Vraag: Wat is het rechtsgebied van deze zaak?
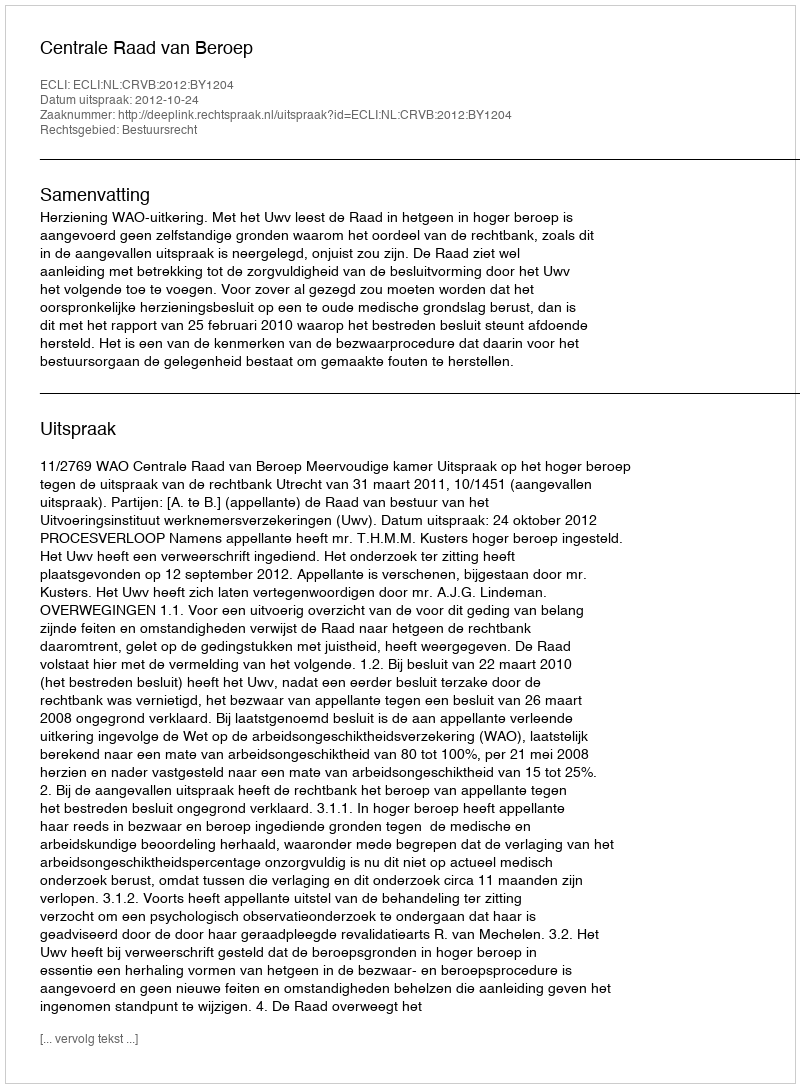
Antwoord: Bestuursrecht